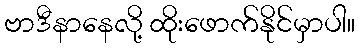
ဗာဒီနာနေလို့ ထိုးဖောက်နိုင်မှာပါ။